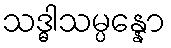
သဒ္ဓါသမ္ပန္နော